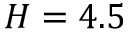
H = 4 . 5